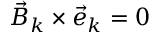
{ \vec { B } } _ { k } \times { \vec { e } } _ { k } = 0